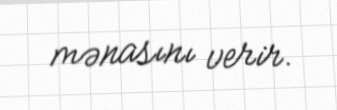
mənasını verir.